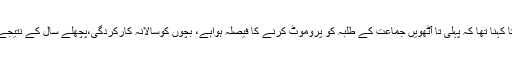
یاد رہے چند روز قبل سعید غنی کا کہنا تھا کہ پہلی تا آٹھویں جماعت کے طلبہ کو پروموٹ کرنے کا فیصلہ ہواہے، بچوں کوسالانہ کارکردگی،پچھلے سال کے نتیجے کی بنیاد پرپروموٹ کیاجائے گا۔